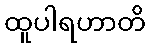
ထူပါရဟာတိ